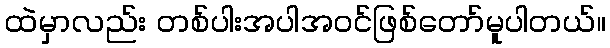
ထဲမှာလည်း တစ်ပါးအပါအဝင်ဖြစ်တော်မူပါတယ်။